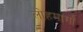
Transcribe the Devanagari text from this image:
लोहमार्गां